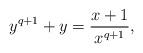
LaTeX: \begin{align*} y^{q+1}+y=\frac{x+1}{x^{q+1}},\end{align*}